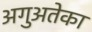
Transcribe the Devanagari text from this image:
अगुअतेका